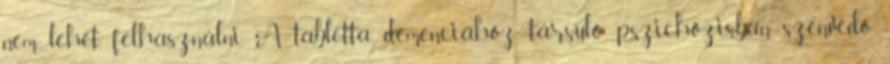
nem lehet felhasználni. A tabletta demenciához társuló pszichózisban szenvedő